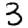
Digit: 3